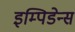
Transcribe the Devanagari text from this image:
इम्पिडेन्स